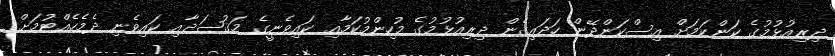
ދިރިއުޅުމުގެ ކަންކަމަށް އިސްކަންދޭން ހަދައިގެން ދިރިއުޅުމުގެ މުހިންމުކަމާއި ކައިވެނީގެ މަޤުޞަދާއި ކައިވެނި ދެމެހެއްޓުމަށް